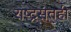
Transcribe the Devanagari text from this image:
राष्ट्रसंतही